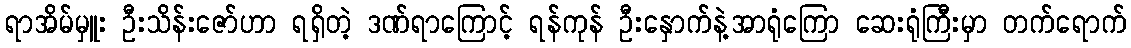
ရာအိမ်မှူး ဦးသိန်းဇော်ဟာ ရရှိတဲ့ ဒဏ်ရာကြောင့် ရန်ကုန် ဦးနှောက်နဲ့အာရုံကြော ဆေးရုံကြီးမှာ တက်ရောက်